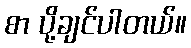
စာ ပို့ချင်ပါတယ်။